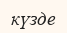
күзде